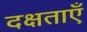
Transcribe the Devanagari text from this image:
दक्षताएँ